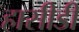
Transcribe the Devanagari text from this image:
हासीडी